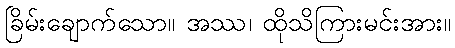
ခြိမ်းချောက်သော။ အဿ၊ ထိုသိကြားမင်းအား။